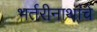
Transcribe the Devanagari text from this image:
भर्तरीनाथांचे